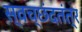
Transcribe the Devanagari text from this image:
स्वच्छंदतंत्र